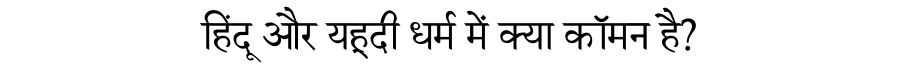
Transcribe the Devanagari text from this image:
हिंदू और यहूदी धर्म में क्या कॉमन है?